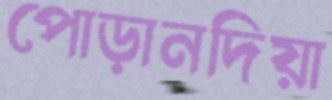
পোড়ানদিয়া